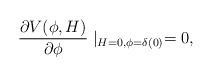
\begin{align*} \frac{\partial V(\phi,H)}{\partial \phi}\mid_{H=0,\phi=\delta(0)} = 0,\end{align*}